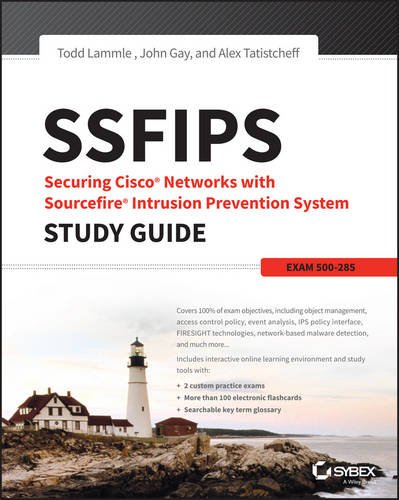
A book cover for SSFIPS Securing Cisco Networks with Sourcefire Intrusion Prevention System Study Guide: Exam 500-285; Todd Lammle; Computers & Technology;